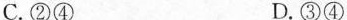
C.②④ D.③④